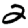
Digit: 2